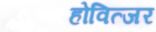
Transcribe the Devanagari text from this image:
होवित्जर